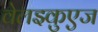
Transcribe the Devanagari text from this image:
वेलझ्कुएज